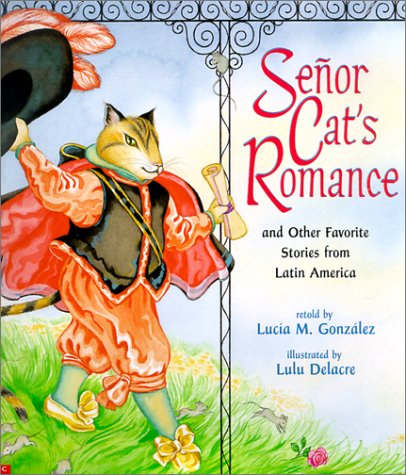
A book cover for Senor Cat's Romance: And Other Favorite Stories from Latin America; Lucia M. Gonzalez; Children's Books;